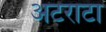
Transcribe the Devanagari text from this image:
अटराटा